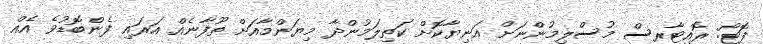
ފޮޓޯ: ރޮއިޓާރސް މުސްލިމުންނަށް އަނިޔާކޮށް ކަތިލަމުންދާ މިޔަންމާއަށް ތޫފާނެއް އަރައި ފެންބޮޑުވެ އެއް